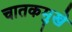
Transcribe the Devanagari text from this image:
चातकमुखे